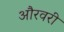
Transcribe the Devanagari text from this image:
औरवरी